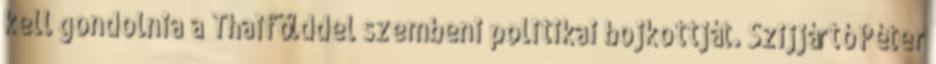
kell gondolnia a Thaifölddel szembeni politikai bojkottját. Szijjártó Péter